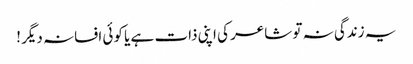
یہ زندگی نہ تو شاعر کی اپنی ذات ہے یا کوئی افسانہ دیگر !